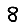
Digit: 8